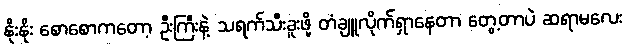
နိုးနိုး စောစောကတော့ ဦးကြီးနဲ့ သရက်သီးခူးဖို့ တံချူလိုက်ရှာနေတာ တွေ့တာပဲ ဆရာမလေး